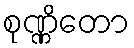
စုဏ္ဏိတော